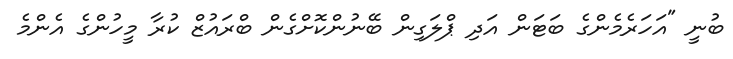
ބުނީ "އަހަރެމެންގެ ބަޓަން އަދި ޕްލަގިން ބޭނުންކޮށްގެން ބްރައުޒް ކުރާ މީހުންގެ އެންމެ